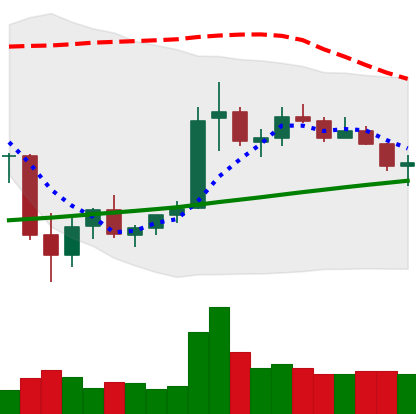
Ticker: ETC-USD
Chart end date: 2021-07-09
Forward return: -8.894%
Label: down_7plus